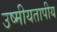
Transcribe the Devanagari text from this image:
उष्मीयतापीय